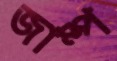
জাম্প